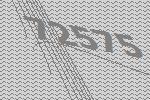
72575